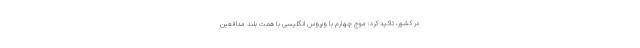
در کشور، تاکید کرد: موج چهارم با ویروس انگلیسی با همت بلند مدافعین